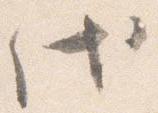
代